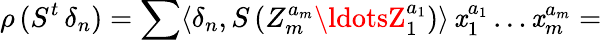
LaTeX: \rho\, (S^{t}\, \delta_{n})=\sum\langle\delta_{n},S\, (Z_{m}^{a_{m}}\ldotsZ_{1}^{a_{1}})\rangle\, \mathit{x}_{1}^{a_{1}}\ldots\mathit{x}_{m}^{a_{m}}=